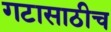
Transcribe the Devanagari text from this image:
गटासाठीच